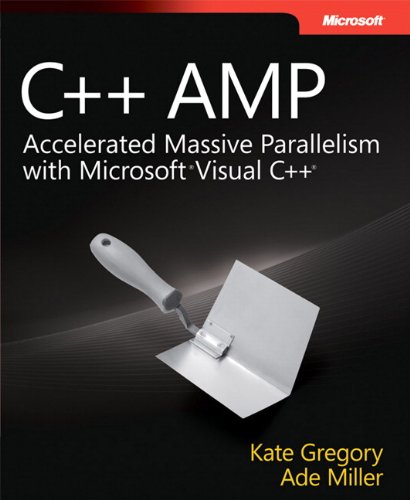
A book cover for C++ AMP (Developer Reference); Ade Miller; Computers & Technology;